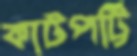
কাটপট্টি